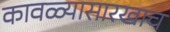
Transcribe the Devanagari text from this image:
कावळ्यासारखाच